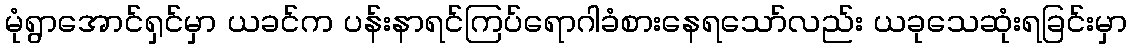
မုံရွာအောင်ရှင်မှာ ယခင်က ပန်းနာရင်ကြပ်ရောဂါခံစားနေရသော်လည်း ယခုသေဆုံးရခြင်းမှာ